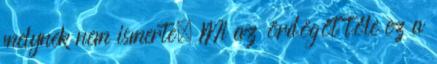
melynek nem ismerte. Mi az ördögöt tőle ez a